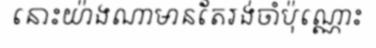
នោះយ៉ាងណាមានតែរង់ចាំប៉ុណ្ណោះ